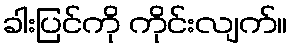
ခါးပြင်ကို ကိုင်းလျက်။